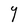
Character: Y